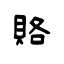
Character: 賂